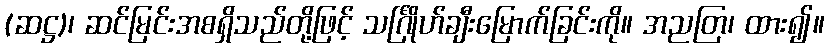
(ဆဋ္ဌ)၊ ဆင်မြင်းအစရှိသည်တို့ဖြင့် သင်္ဂြိုဟ်ချီးမြောက်ခြင်းကို။ အညတြ၊ ထား၍။